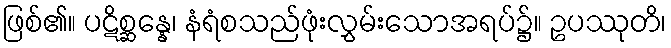
ဖြစ်၏။ ပဋိစ္ဆန္နေ၊ နံရံစသည်ဖုံးလွှမ်းသောအရပ်၌။ ဥပဿုတိ၊